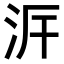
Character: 𣳙